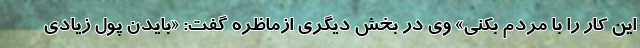
این کار را با مردم بکنی» وی در بخش دیگری ازماظره گفت: «بایدن پول زیادی